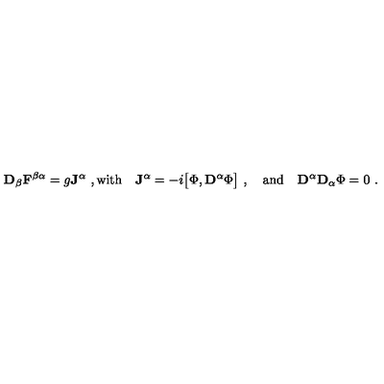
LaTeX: { \bf D } _ { \beta } { \bf F } ^ { \beta \alpha } = g { \bf J } ^ { \alpha } \ , \mathrm { w i t h } \quad { \bf J } ^ { \alpha } = - i \bigl [ \Phi , { \bf D } ^ { \alpha } \Phi \bigr ] \ , \quad { \mathrm { a n d } } \quad { \bf D } ^ { \alpha } { \bf D } _ { \alpha } \Phi = 0 \ .